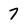
Character: 7